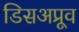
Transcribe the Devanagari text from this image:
डिसअप्रूव